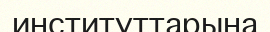
институттарына